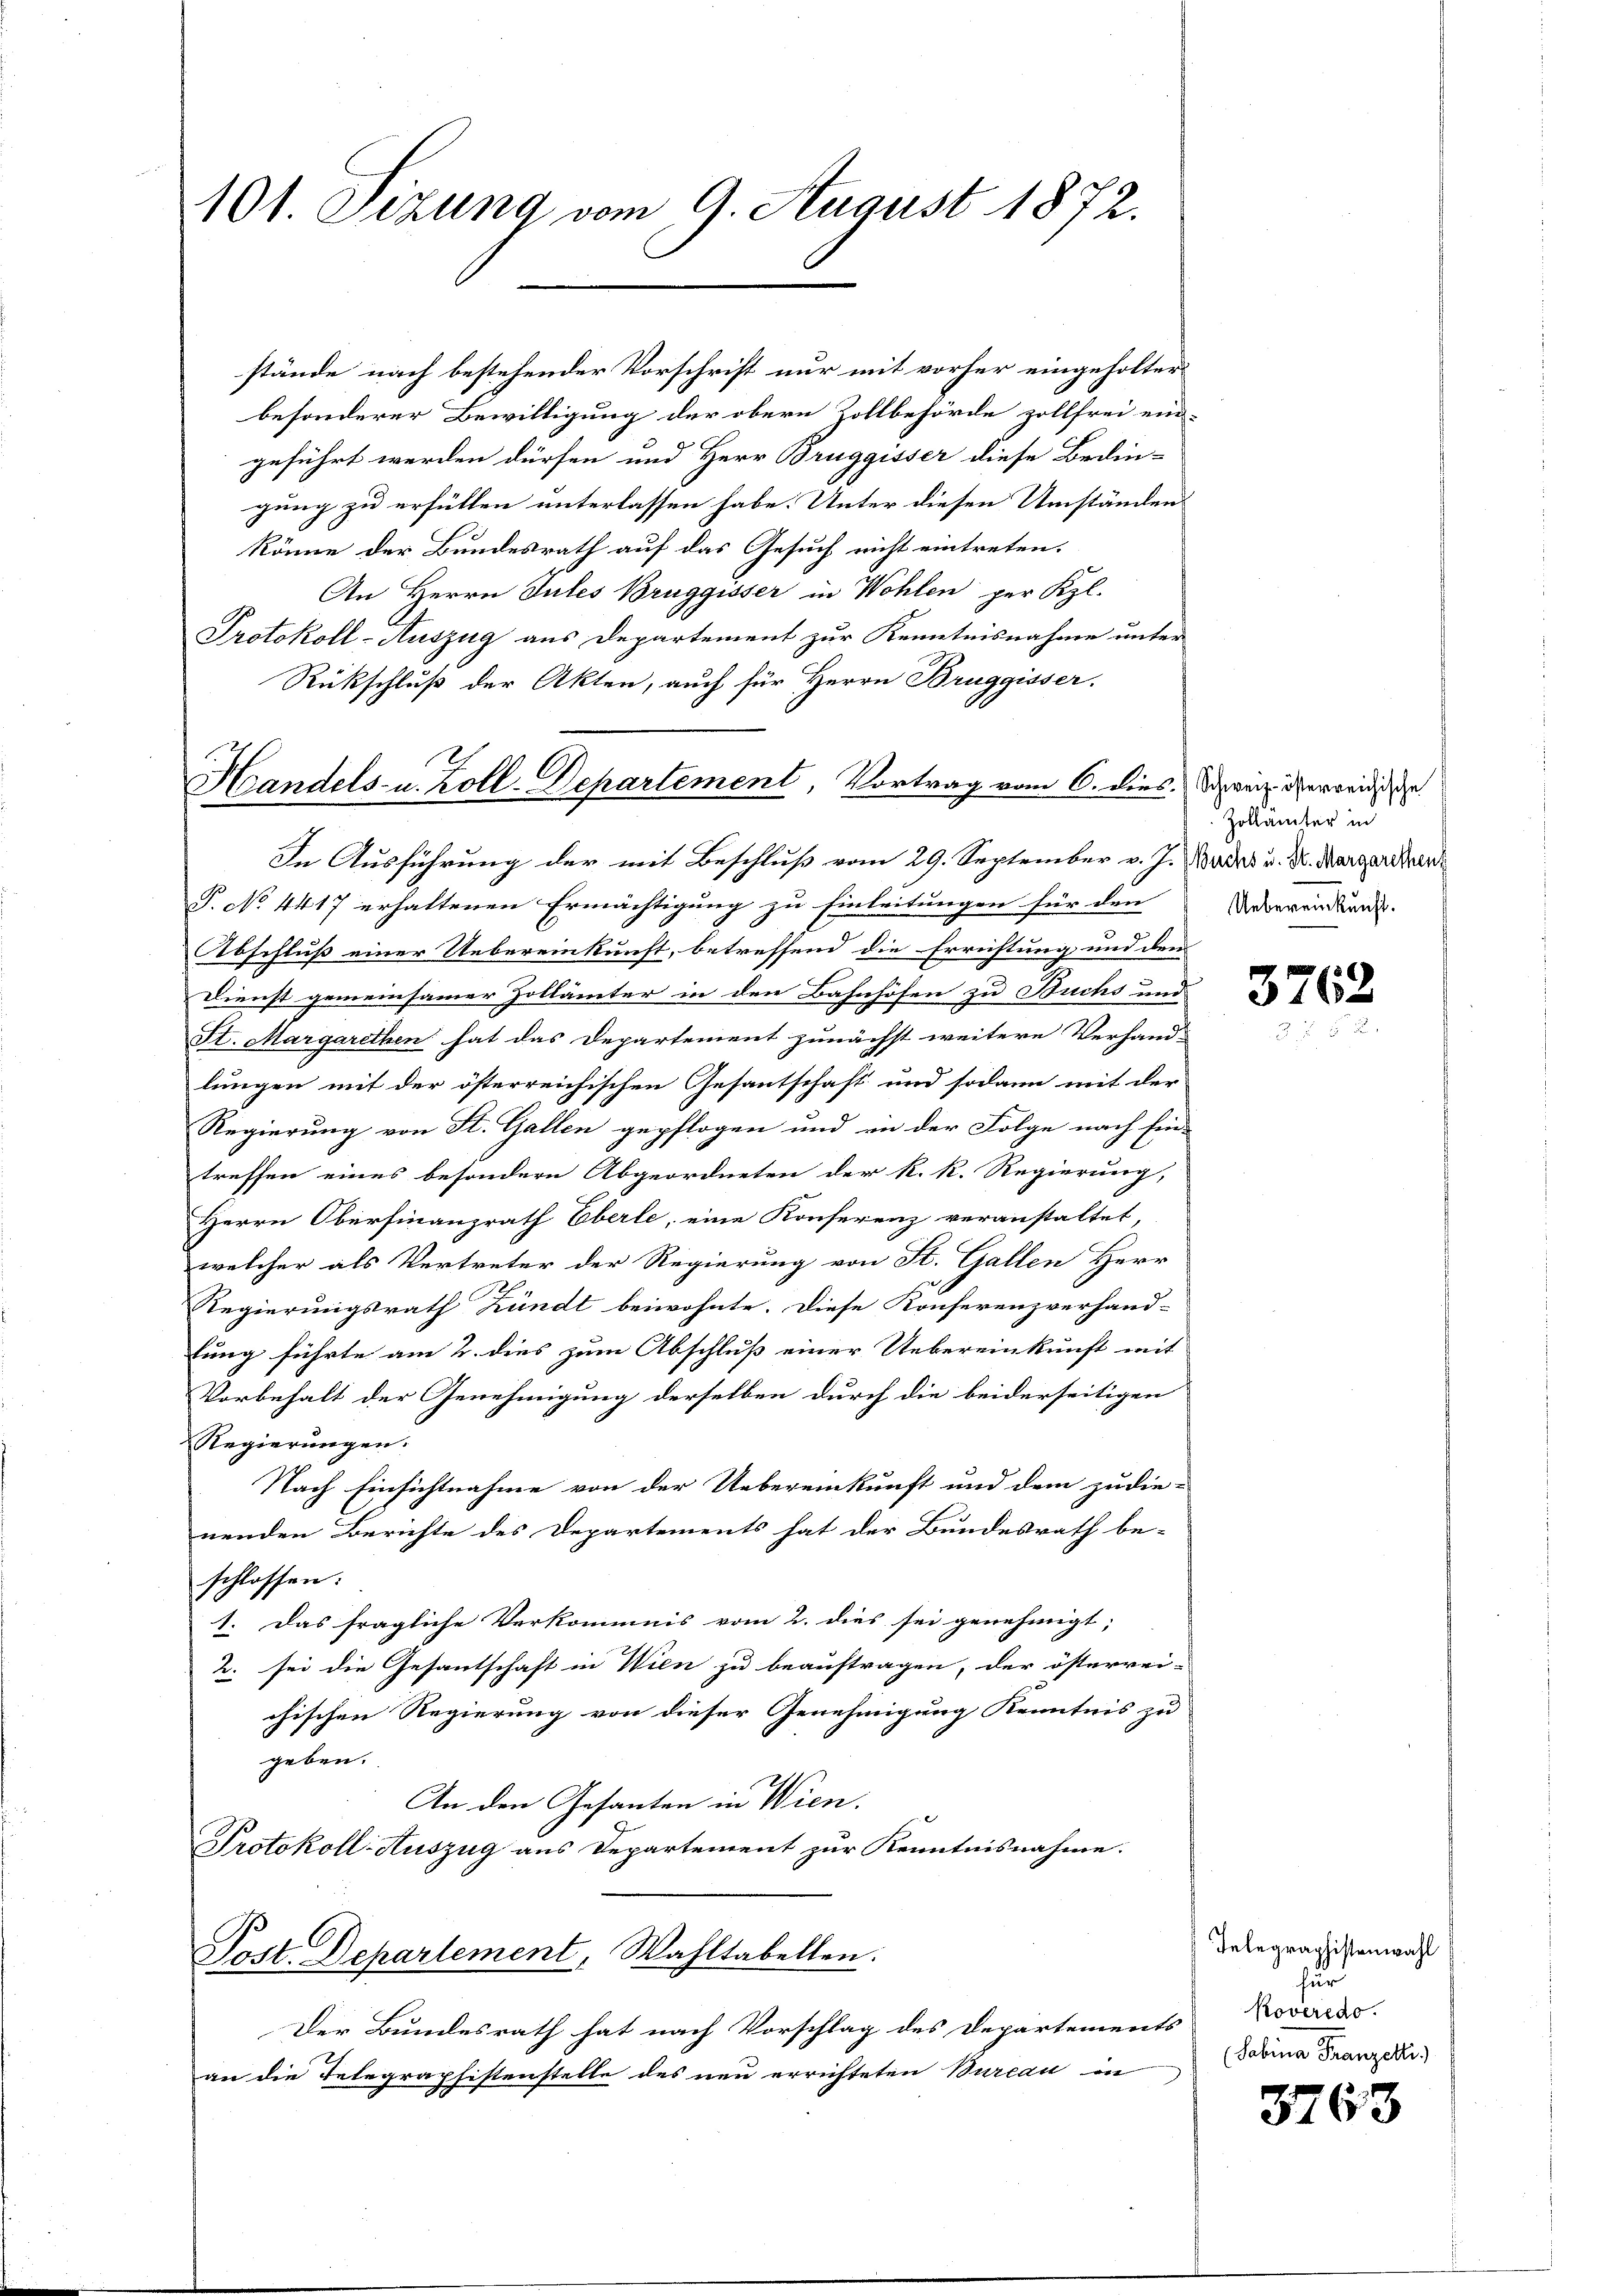
101. Sizung vom 9. August 1872.

stände nach bestehender Vorschrift nur mit vorher eingeholter
besonderer Bewilligung der obern Zollbehörde zollfrei ein-
geführt werden dürfen und Herr Bruggisser diese Bedingung zu erfüllen unterlassen habe. Unter diesen Umständen
könne der Bundesrath auf das Gesuch nicht eintreten.
An Herrn Jules Bruggisser in Wohlen per Kl.
Protokoll-Auszug aus Departement zur Kenntnisnahme unter
Rückschluß der Akten, auch für Herrn Bruggisser.
Handels- u. Zoll-Departement, Vortrag vom 6. dies. Den verweise
In Ausführung der mit Beschluß vom 29. September v. J. Bades u. Dr. Margardern
P. No. 4417 erhaltenen Ermächtigung zu Einleitungen für den
Abschluß einer Uebereinkunft, betreffend die Errichtung und dem
Dienst gemeinsamer Zollämter in den Bahnhöfen zu Buchs und
St. Margarethen hat das Departement zunächst weitere Verhand-
lungen mit der österreichischen Gesantschaft und sodann mit der
Regierung von St. Gallen gepflogen und in der Folge nach Ein-
treffen eines besondern Abgeordneten der k. k. Regierung,
Herrn Oberfinanzrath Eberle, eine Konferenz veranstaltet,
welcher als Vertreter der Regierung von St. Gallen Herr
Regierungsrath Zündt beiwohnte. Diese Konferenzverhand-
lung führte am 2. dies zum Abschluß einer Uebereinkunft mit
Vorbehalt der Genehmigung derselben durch die beiderseitigen
Regierungen.
Nach Einsichtnahme von der Uebereinkunft und dem zu die-
nenden Berichte des Departements hat der Bundesrath be-
schlossen:
1. Das fragliche Verkommnis vom 2. dies sei genehmigt;
2. sei die Gesantschaft in Wien zu beauftragen, der österrei-
chischen Regierung von dieser Genehmigung Kenntnis zu
geben.
An den Gesanten in Wien.
Protokoll-Auszug aus Departement zur Kenntnisnahme.
Post. Departement, Wahltabellen.
Der Bundesrath hat nach Vorschlag des Departements Novares.
an die Telegraphistenstelle des neu errichteten Bureau in

Zollämter in
Uebereinkunft.

3762

Telegraphistenwahl
für
(Sabina Franzelli

8763